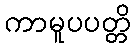
ကာမူပပတ္တိ